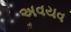
અવયવ